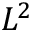
L ^ { 2 }